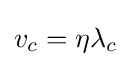
v_{c}=\eta \lambda _{c}\,\!